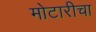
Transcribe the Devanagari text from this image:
मोटारीचा